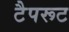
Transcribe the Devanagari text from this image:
टैपरूट